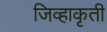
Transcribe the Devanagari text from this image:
जिव्हाकृती